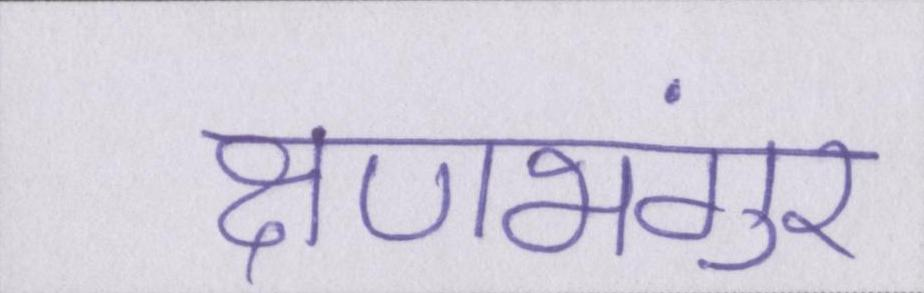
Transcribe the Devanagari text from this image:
क्षणभंगुर